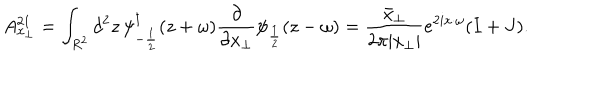
LaTeX: A _ { x _ { \perp } } ^ { 2 1 } = \int _ { R ^ { 2 } } d ^ { 2 } z \, \psi _ { - \frac { 1 } { 2 } } ^ { \dagger } ( z + \omega ) \frac { \partial } { \partial x _ { \perp } } \psi _ { \frac { 1 } { 2 } } ( z - \omega ) = \frac { \bar { x } _ { \perp } } { 2 \pi | x _ { \perp } | } e ^ { 2 i x \cdot \omega } ( I + J ) .